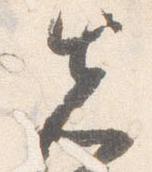
先